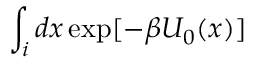
\int _ { i } d x \exp [ - \beta U _ { 0 } ( x ) ]